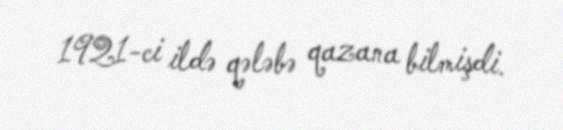
1921-ci ildə qələbə qazana bilmişdi.